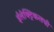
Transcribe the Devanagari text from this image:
ईलेक्ट्रिकलची